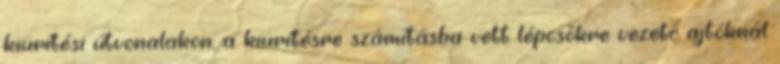
kiürítési útvonalakon, a kiürítésre számításba vett lépcsõkre vezetõ ajtóknál